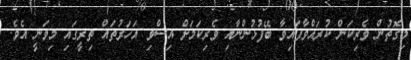
މިގޮތުން ވެރިކަން ކުރައްވާފައިވާ ބޭފުޅުންނާއި ވެރިކަމަށް އިސްވި އަހަރުތައް ތިރީގައި މިވަނީ އެވެ.